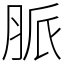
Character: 脈